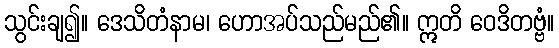
သွင်းချ၍။ ဒေသိတံနာမ၊ ဟောအပ်သည်မည်၏။ ဣတိ ဝေဒိတဗ္ဗံ။